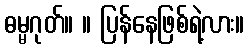
ဓမ္မဂုတ်။ ။ ပြန်နေဖြစ်ရဲ့လား။